Sketch of the medical history of the native army of Bombay, for the year
Year: 1870
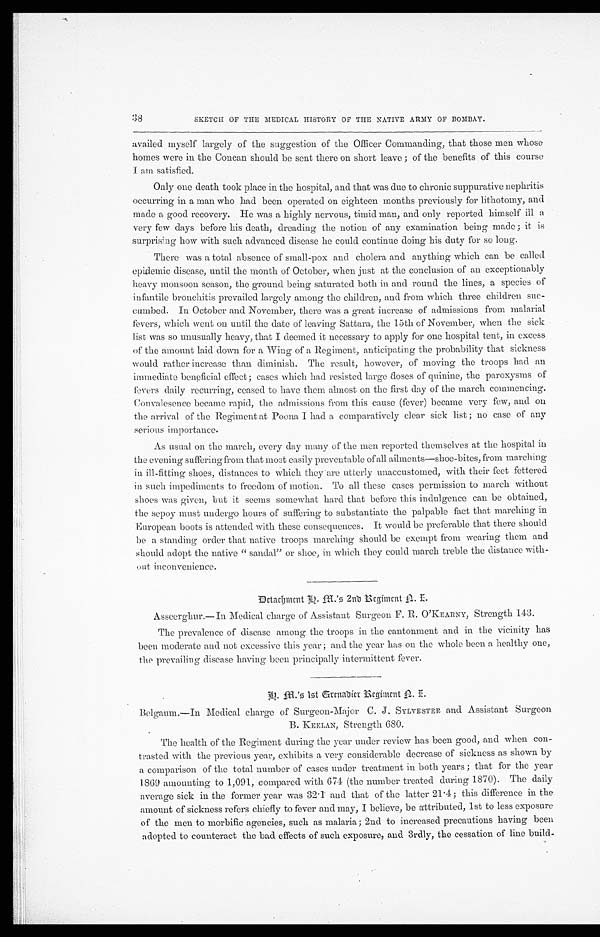
38
SKETCH OF THE MEDICAL HISTORY OF THE NATIVE ARMY OF BOMBAY.
availed myself largely of the suggestion of the Officer Commanding, that those men whose
homes were in the Concan should be sent there on short leave ; of the benefits of this course
I am satisfied.
Only one death took place in the hospital, and that was due to chronic suppurative nephritis
occurring in a man who had been operated on. eighteen months previously for lithotomy, and
made a good recovery. He was a highly nervous, timid man, and only reported himself ill a
very few days before his death, dreading the notion of any examination being made ; it is
surprising how with such advanced disease he could continue doing his duty for so long.
There was a total absence of small-pox and cholera and anything which can be called
epidemic disease, until the month of October, when just at the conclusion of an exceptionably
heavy monsoon season, the ground being saturated both in and round the lines, a species of
infantile bronchitis prevailed largely among the children, and from which three children suc
-
cumbed. In October and November, there was a great increase of admissions from malarial
fevers, which went on until the date of leaving Sattara, the 15th of November, when the sick
list was so unusually heavy, that I deemed it necessary to apply for one hospital tent, in excess
of the amount laid down for a Wing of a Regiment, anticipating the probability that sickness
would rather increase than diminish. The result, however, of moving the troops had an
immediate beneficial effect; cases which had resisted large doses of quinine, the paroxysms of
fevers daily recurring, ceased to have them almost on the first day of the march commencing.
Convalesence became rapid, the admissions from this cause (fever) became very few, and on
the arrival of the Regiment at Poona I had a comparatively clear sick list ; no case of any
serious importance.
As usual on the march, every day many of the men reported themselves at the hospital in
the evening suffering from that most easily preventable of all ailments—shoe-bites, from marching
in ill-fitting shoes, distances to which they are utterly unaccustomed, with their feet fettered
in such impediments to freedom of motion. To all these cases permission to march without
shoes was given, but it seems somewhat hard that before this indulgence can be obtained,
the sepoy must undergo hours of suffering to substantiate the palpable fact that marching in
European boots is attended with these consequences. It would be preferable that there should
be a standing order that native troops marching should be exempt from wearing them and
should adopt the native "sandal" or shoe, in which they could march treble the distance with
-
out inconvenience.
Detachment H.M.'s 2nd Regiment A. E.
Asseerghur.—In Medical charge of Assistant Surgeon F. R. O 'KEARNY, Strength 143.
The prevalence of disease among the troops in the cantonment and in the vicinity has
been moderate and not excessive this year ; and the year has on the whole been a healthy one,
the prevailing disease having been principally intermittent fever.
G r e n a d i e r R e g i m e n t A . E .
Belgaum.—In Medical charge of Surgeon-Major C. J. SYLVESTER and Assistant Surgeon
B. K EELAN, Strength 680.
The health of the Regiment during the year under review has been good, and when con
-
trasted with the previous year, exhibits a very considerable decrease of sickness as shown by
a comparison of the total number of cases under treatment in both years ; that for the year
1869 amounting to 1,091, compared with 674 (the number treated during 1870). The daily
average sick in the former year was 32.1 and that of the latter 21.4 ; this difference in the
amount of sickness refers chiefly to fever and may, I believe, be attributed, 1st to less exposure
of the men to morbific agencies, such as malaria; 2nd to increased precautions having been
adopted to counteract the bad effects of such exposure, and 3rdly, the cessation of line build-